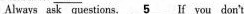
Always ask questions, \underline{5} If you don't